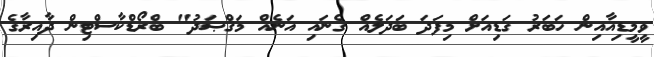
ވީމީޑިއާއިން ހަބަރު ގަޑިއަށް މިފަދަ ބަދަލެއް ގެނައި އަނެއް މަޤްޞަދު" ބްރޯޑްކާސްޓިން ދާއިރާގެ